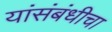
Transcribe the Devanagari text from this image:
यांसंबंधीचा